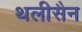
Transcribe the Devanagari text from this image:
थलीसैन